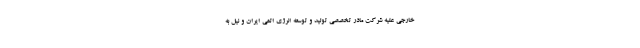
خارجی علیه شرکت مادر تخصصی تولید و توسعه انرژی اتمی ایران و نیل به